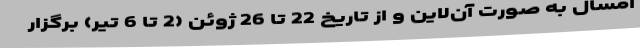
امسال به صورت آن‌لاین و از تاریخ 22 تا 26 ژوئن (2 تا 6 تیر) برگزار